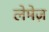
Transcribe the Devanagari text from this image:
लेमेज़